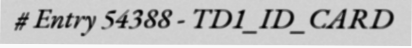
# Entry 54388 - TD1_ID_CARD